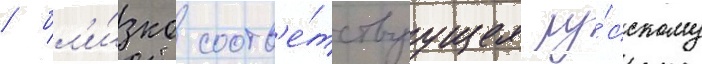
/ бл'и́зко соотв'е́тствуущее ру́сскому